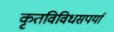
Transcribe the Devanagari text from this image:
कृतविविधसपर्या